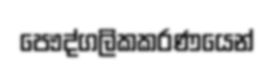
පෞද්ගලිකකරණයෙන්